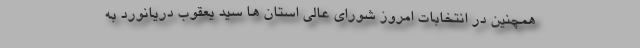
همچنین در انتخابات امروز شورای عالی استان ها سید یعقوب دریانورد به